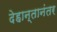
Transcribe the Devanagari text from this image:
देहान्तानंतर